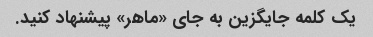
یک کلمه جایگزین به جای «ماهر» پیشنهاد کنید.